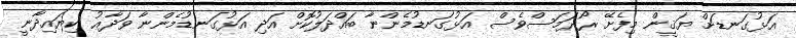
އަޅުގަނޑަށް ޔަޤީން މިފެށޭ ރޯދަމަސްވެސް އަޅުގަނޑުމެންނާ ބައްދަލުކޮށް އަދި އަޅުގަނޑުމެންނާ ވަދާޢު ކިޔައިދާނީ